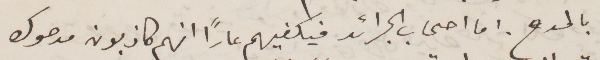
بالمدح. اما أصحاب الجرائد فيكفيهم عارًا انهم كاذبون مدحوك